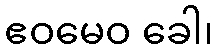
ဧဝမေဝ ခေါ၊